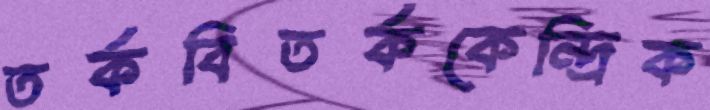
তর্কবিতর্ককেন্দ্রিক